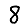
Digit: 8